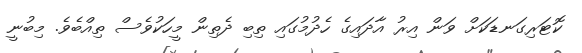
ކޮޓަރިގަނޑަކަށް ވަން އިރު އާދައިގެ ހެދުމުގައި ތިބި ދެތިން މީހަކުވެސް ތިއްބެވެ. މިބުނީ